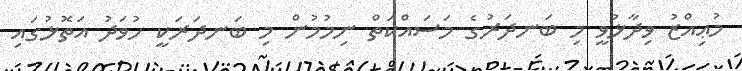
މުޢިއްޒު ވިދާޅުވީ މި ބަނދަރުގެ މަސައްކަތް ނިމުމުން މި ބަނދަރަކީ ހުވަދު އަތޮޅުގައި